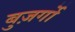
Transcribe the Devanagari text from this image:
बुज़र्गो